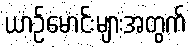
ယာဉ်မောင်းများအတွက်